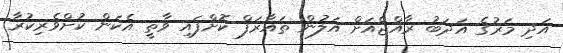
އަދި މަރުގެ އަދަބު ރާއްޖެއަށް އަލުން ތައާރަފް ކޮށްފައި ވާތީ އެކަން ކުށްވެރިކުރާ